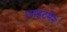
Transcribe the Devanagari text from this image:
लाइटमैन